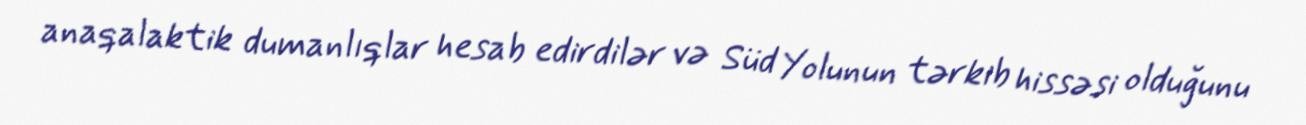
anaqalaktik dumanlıqlar hesab edirdilər və Süd Yolunun tərkib hissəsi olduğunu